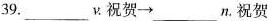
39.___v. 祝贺\rightarrow ___ n.祝贺